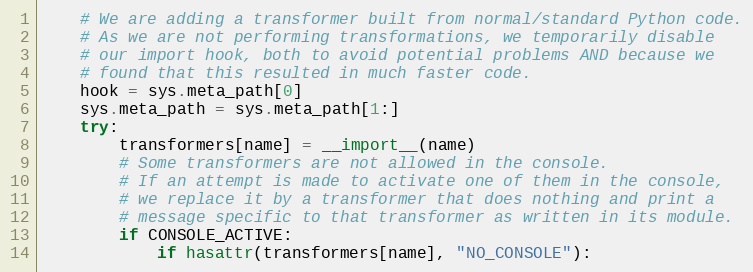
Language: Python
    # We are adding a transformer built from normal/standard Python code.
    # As we are not performing transformations, we temporarily disable
    # our import hook, both to avoid potential problems AND because we
    # found that this resulted in much faster code.
    hook = sys.meta_path[0]
    sys.meta_path = sys.meta_path[1:]
    try:
        transformers[name] = __import__(name)
        # Some transformers are not allowed in the console.
        # If an attempt is made to activate one of them in the console,
        # we replace it by a transformer that does nothing and print a
        # message specific to that transformer as written in its module.
        if CONSOLE_ACTIVE:
            if hasattr(transformers[name], "NO_CONSOLE"):